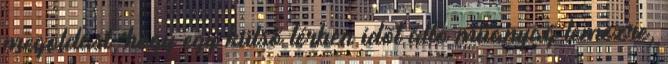
megoldást, hogy egy külsõ térben idõt álló mûanyag lemezre,